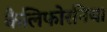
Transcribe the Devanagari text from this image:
कैलिफोरनिया